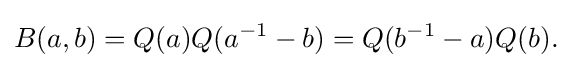
\displaystyle {B(a,b)=Q(a)Q(a^{-1}-b)=Q(b^{-1}-a)Q(b).}